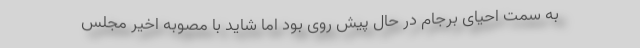
به سمت احیای برجام در حال پیش روی بود اما شاید با مصوبه اخیر مجلس